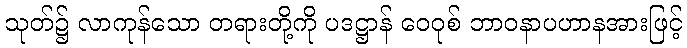
သုတ်၌ လာကုန်သော တရားတို့ကို ပဒဋ္ဌာန် ဝေဝုစ် ဘာဝနာပဟာနအားဖြင့်